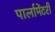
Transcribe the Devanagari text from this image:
पार्लामेंटरी